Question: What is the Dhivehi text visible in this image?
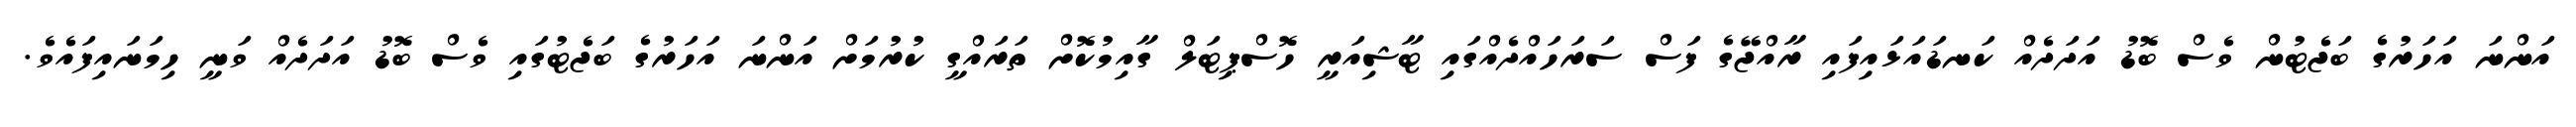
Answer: އަންނަ އަހަރުގެ ބަޖެޓުން ވެސް ބޮޑު އަދަދެއް ކަނޑައަޅައިފައި ރާއްޖޭގެ ފަސް ސަރަހައްދެއްގައި ޓާޝިއަރީ ހޮސްޕިޓަލް ގާއިމުކޮށް ތަރައްގީ ކުރުމަށް އަންނަ އަހަރުގެ ބަޖެޓުގައި ވެސް ބޮޑު އަދަދެއް ވަނީ ހިމަނައިފައެވެ.